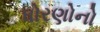
ધોરણોનો